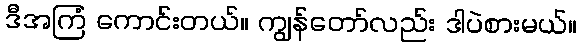
ဒီအကြံ ကောင်းတယ်။ ကျွန်တော်လည်း ဒါပဲစားမယ်။